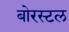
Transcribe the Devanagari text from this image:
बोरस्टल